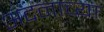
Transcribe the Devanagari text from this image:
अदनाच्या